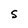
Character: S